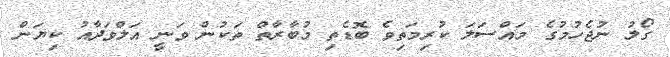
ގޯލު ނުޖެހުމުގެ މައްސަލަ ކުރިމަތިވެ ބޮޑެތި މުބާރާތް ތަކުން ވަނީ އަލްވަދާއު ކިޔަން